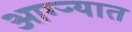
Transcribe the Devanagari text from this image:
आग्ऱ्यात